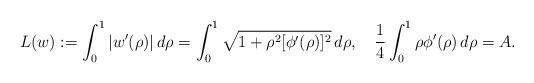
LaTeX: \begin{gather*} L(w):=\int_0^1 |w'(\rho)|\, d\rho=\int_0^1\sqrt{1+\rho^2[\phi'(\rho)]^2}\, d\rho, \quad \frac14 \int_0^1 \rho\phi'(\rho)\, d\rho = A. \end{gather*}